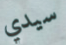
سيدي